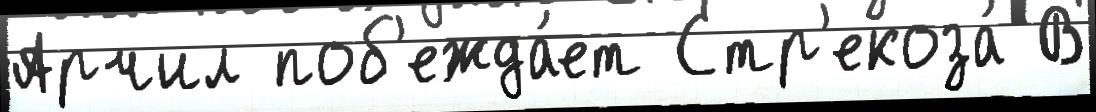
Арчил поб'ежда́ет Стр'екоза́ В